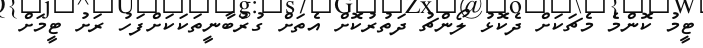
ޓީމު ކޮންމެ މެޗަކަށް ދެކޮޅު ލޯންޗު ދަތުރުކޮށް އެތަށް ގުރުބާނީތަކަކަށްފަހު ރަށު ޓީމަށް